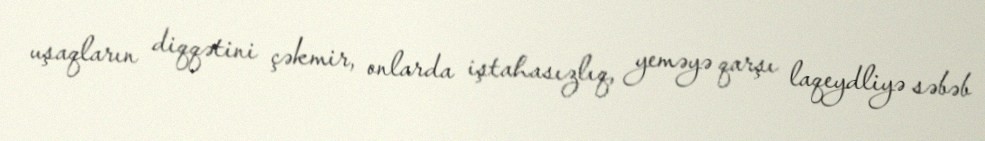
uşaqların diqqətini çəkmir, onlarda iştahasızlıq, yeməyə qarşı laqeydliyə səbəb